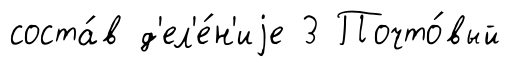
соста́в д'ел'е́н'иjе 3 Почто́вый